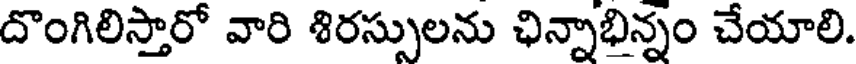
దొంగిలిస్తారో వారి శిరస్సులను ఛిన్నాభిన్నం చేయాలి.